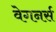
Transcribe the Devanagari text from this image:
वेगनर्स